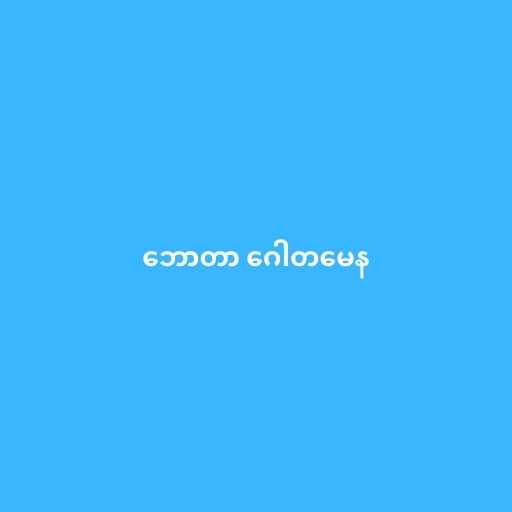
ဘောတာ ဂေါတမေန